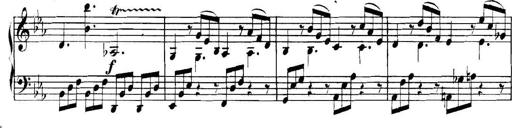
Title: Collected Piano Sonatas
Composer: Muzio Clementi